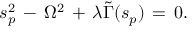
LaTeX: s _ { p } ^ { 2 } \, - \, \Omega ^ { 2 } \, + \, \lambda \tilde { \Gamma } ( s _ { p } ) \, = \, 0 .